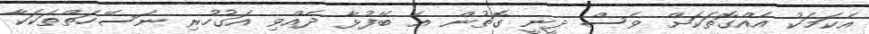
އެކަމަކު އެއްގޮތަކަށް ވެސް ދީނީ ގޮތުން އެ ބޭފުޅާ ދެއްވި އަގުހުރި ނަސޭހަތްތަކަކާ